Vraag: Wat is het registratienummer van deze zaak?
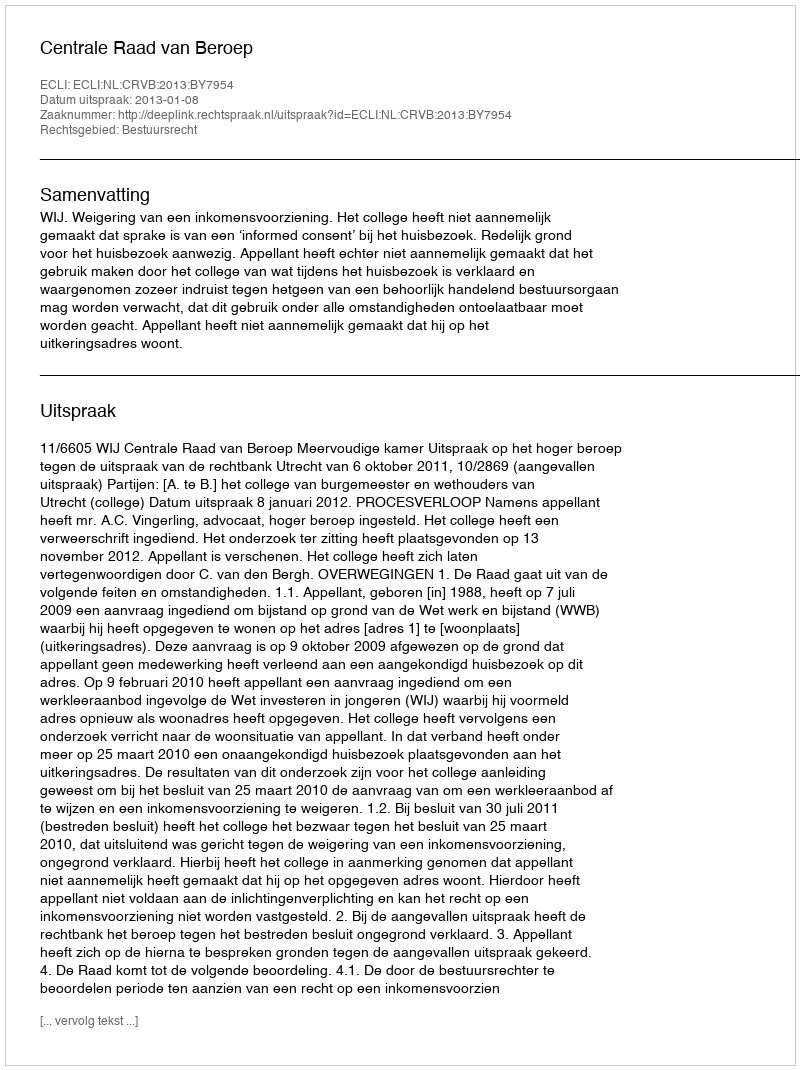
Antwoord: http://deeplink.rechtspraak.nl/uitspraak?id=ECLI:NL:CRVB:2013:BY7954